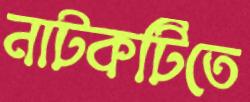
নাটকটিতে